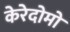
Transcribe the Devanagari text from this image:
केरेदोमो